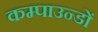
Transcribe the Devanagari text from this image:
कम्पाउन्डों